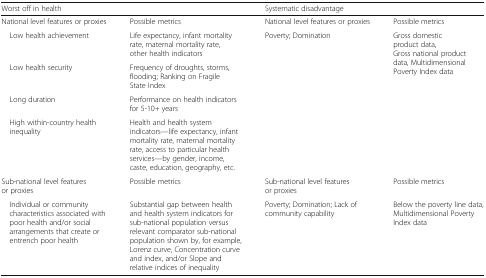
| <COLSPAN=2> Worst off in health | <COLSPAN=2> Systematic disadvantage |
 | --- | --- | --- | --- |
 | National level features or proxies | Possible metrics | National level features or proxies | Possible metrics |
 | Low health achievement | Life expectancy, infant mortality rate, maternal mortality rate, other health indicators | <ROWSPAN=4> Poverty; Domination | <ROWSPAN=4> Gross domestic product data, Gross national product data, Multidimensional Poverty Index data |
 | Low health security | Frequency of droughts, storms, flooding; Ranking on Fragile State Index |
 | Long duration | Performance on health indicators for 5-10+ years |
 | High within-country health inequality | Health and health system indicators—life expectancy, infant mortality rate, maternal mortality rate, access to particular health services—by gender, income, caste, education, geography, etc. |
 | Sub-national level features or proxies | Possible metrics | Sub-national level features or proxies | Possible metrics |
 | Individual or community characteristics associated with poor health and/or social arrangements that create or entrench poor health | Substantial gap between health and health system indicators for sub-national population versus relevant comparator sub-national population shown by, for example, Lorenz curve, Concentration curve and index, and/or Slope and relative indices of inequality | Poverty; Domination; Lack of community capability | Below the poverty line data, Multidimensional Poverty Index data |